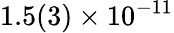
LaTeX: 1.5(3)\times 10^{-11}